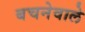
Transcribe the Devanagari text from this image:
बचनेवाले